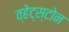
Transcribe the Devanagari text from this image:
व्हेट्स्टोन